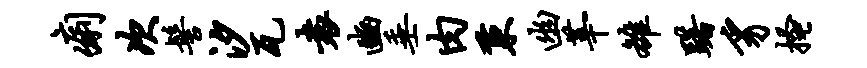
痢次髻汐瓦袁豳垂肉秉幽莘雒躇豸搔